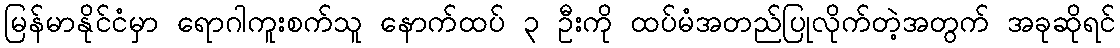
မြန်မာနိုင်ငံမှာ ရောဂါကူးစက်သူ နောက်ထပ် ၃ ဦးကို ထပ်မံအတည်ပြုလိုက်တဲ့အတွက် အခုဆိုရင်